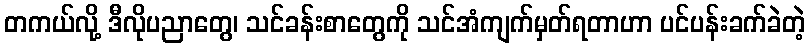
တကယ်လို့ ဒီလိုပညာတွေ၊ သင်ခန်းစာတွေကို သင်အံကျက်မှတ်ရတာဟာ ပင်ပန်းခက်ခဲတဲ့